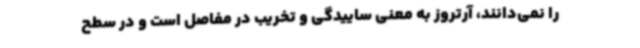
را نمی‌دانند، آرتروز به معنی ساییدگی و تخریب در مفاصل است و در سطح